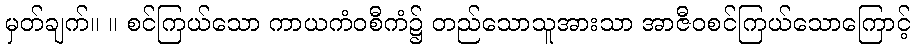
မှတ်ချက်။ ။ စင်ကြယ်သော ကာယကံဝစီကံ၌ တည်သောသူအားသာ အာဇီဝစင်ကြယ်သောကြောင့်